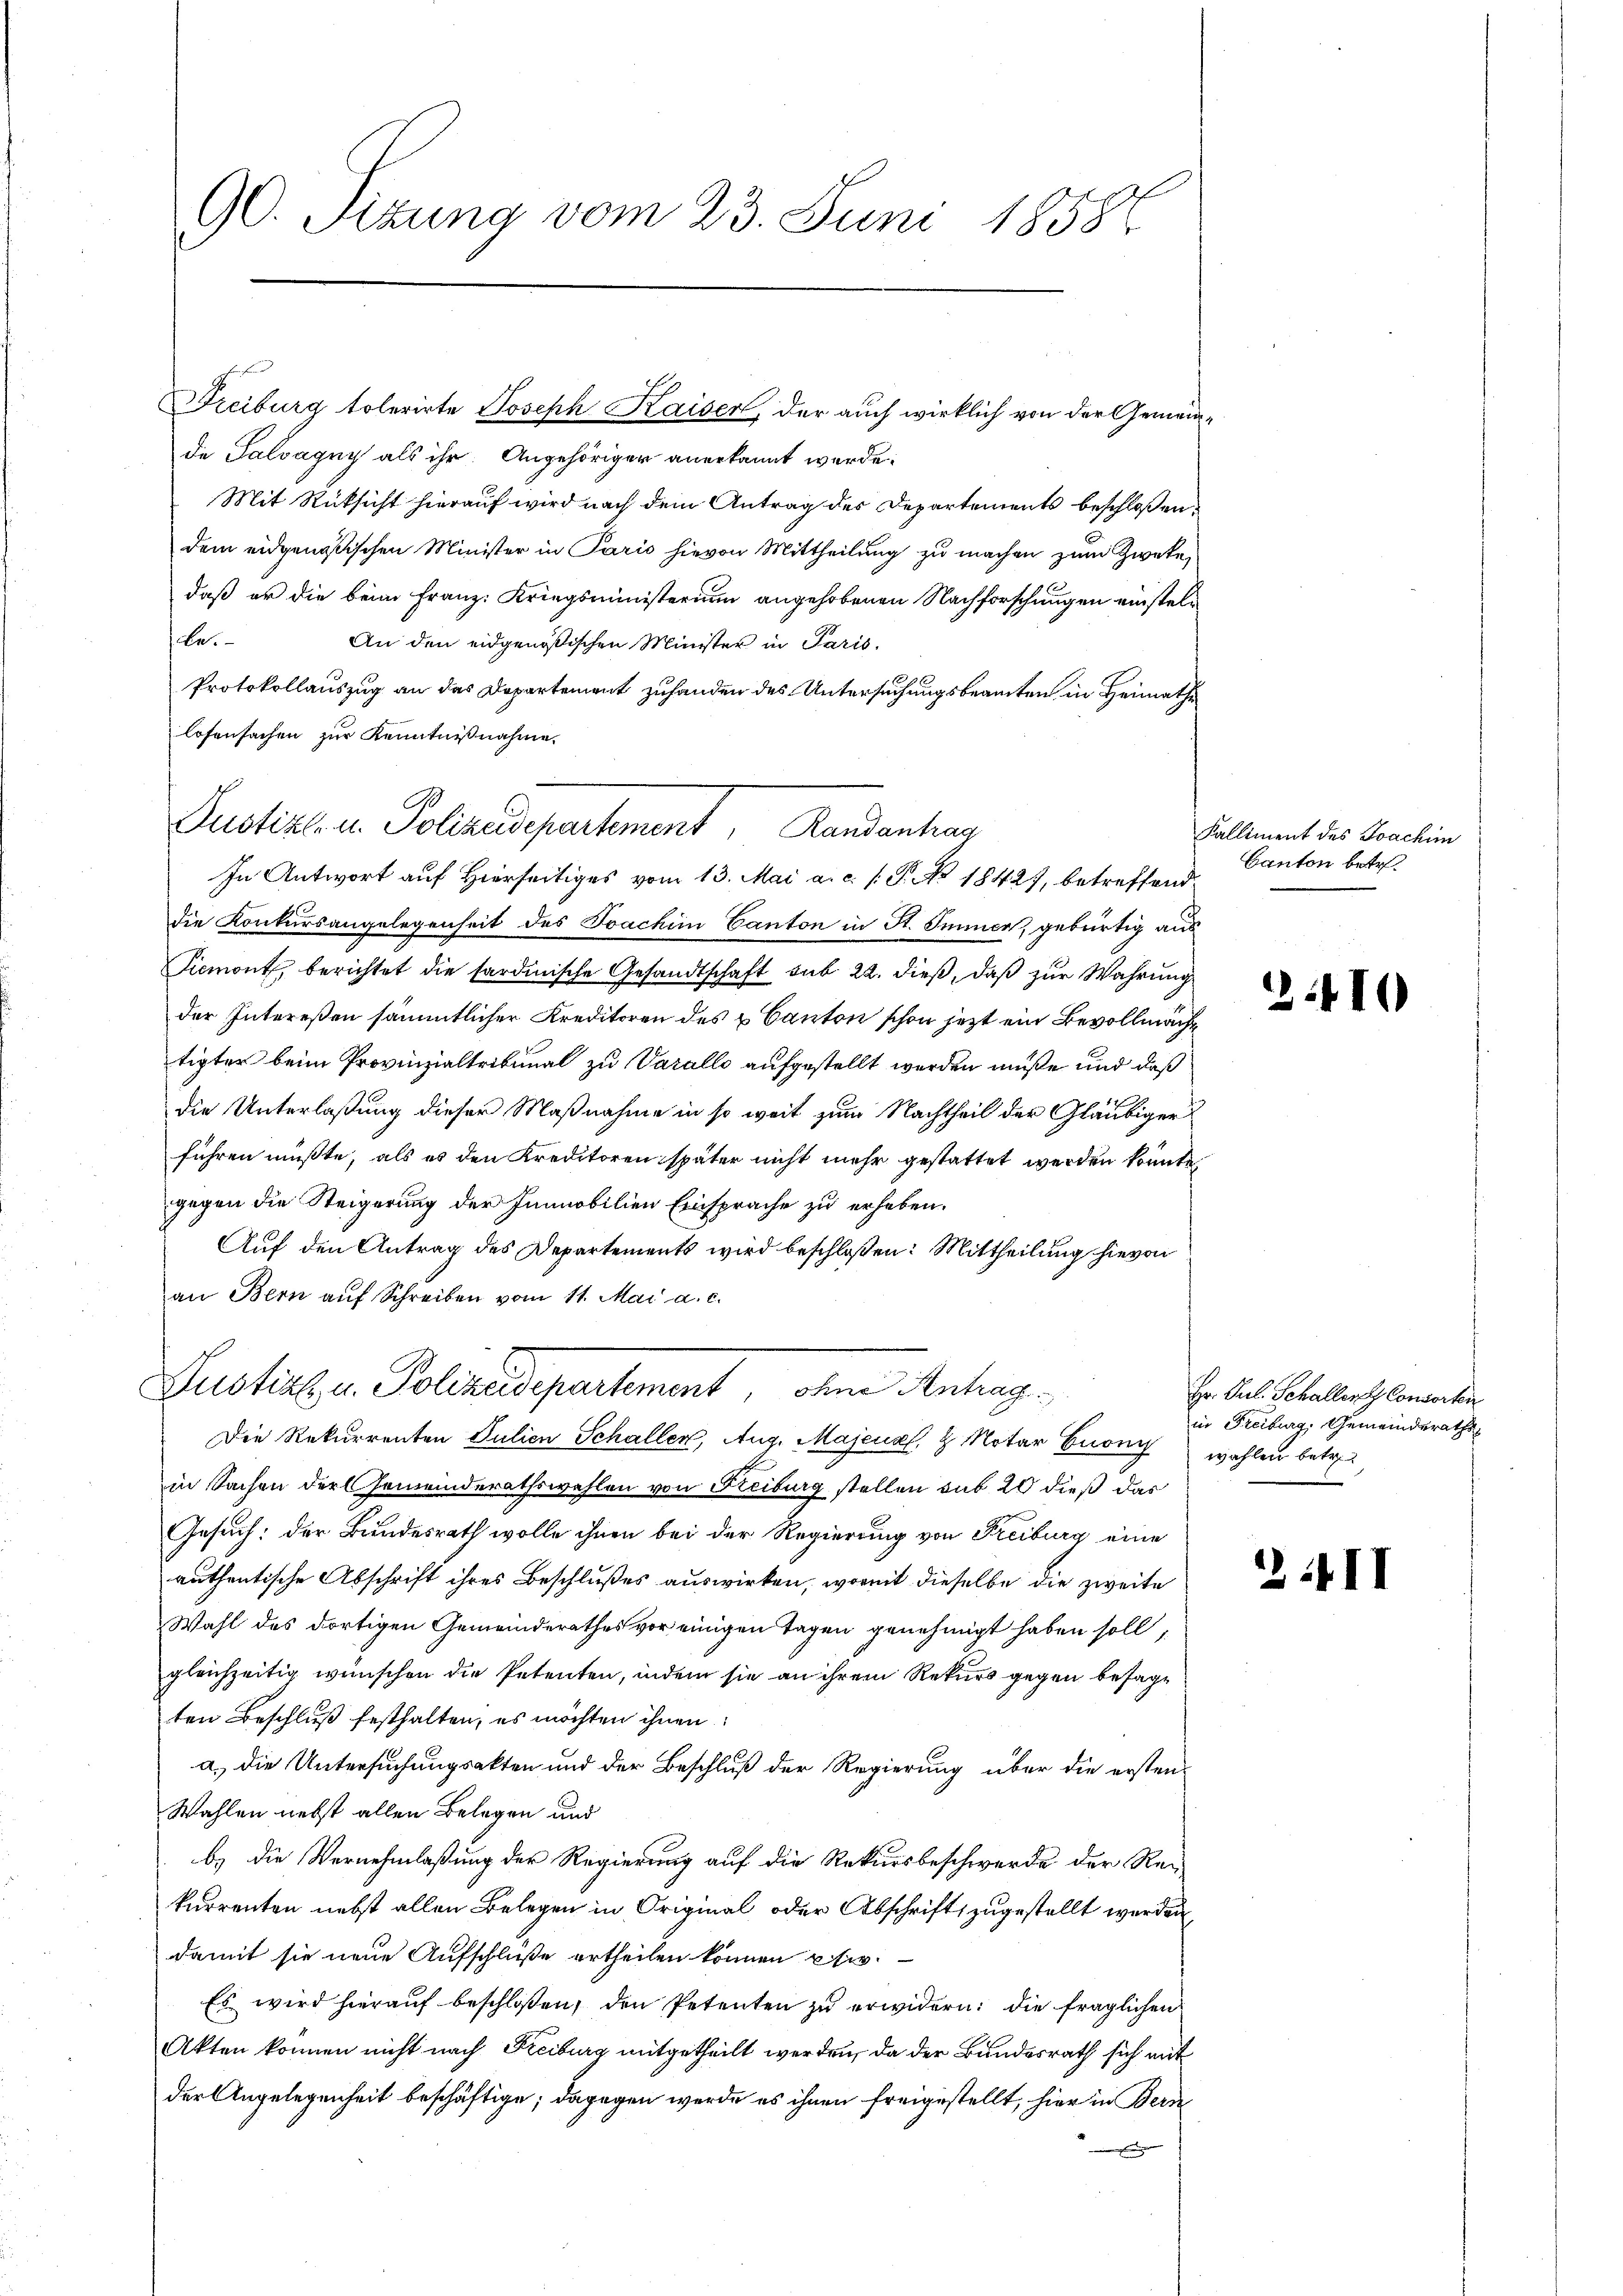
de Salvagny als ihr. Angehöriger anerkannt werde
Mit Rücksicht hierauf wird nach dem Antrag der Departements beschloßen:
dem eidgenößischen Minister in Paris hievon Mittheilung zu machen zum Zweke,
daß er die beim Franz Kriegsministerium angehobenen Nachforschungen einstelbe.
An den eidgenößischen Minister in Paris.
Protokollauszug an das Departement zuhanden des Untersuchungsbeamten in Heimathe
losensachen zur Kenntnißnahme.
die Konkursangelegenheit des Joachini Canton in St. Immen, gebürtig aus
Piemont, berichtet die sardinische Gesandtschaft sub 22. dieß, daß zur Wahrung
der Intereßen sämmtlicher Kreditoren des u Canton schon jetzt ein Bevollmächt
tigter beim Provinzialtribunal zu Varallo aufgestellt werden müße und daß
die Unterlaßung dieser Maßnahme in so weit zum Nachtheil der Gläubiger
führen müßte, als es den Kreditoren später nicht mehr gestattet werden könnte.
gegen die Steigerung der Junnobilien Einsprache zu erheben.
Auf den Antrag des Departements wird beschloßen: Mittheilung hievon
an Bern aŭf Schreiben vom 11. Mai a. c.

90. Sizung vom 23. Juni 1858

Freiburg tolerirte Joseph Kaiser, der auch wirklich von der Gemein¬

Justiz u. Polizeisepartement, Landantrag
In Antwort auf Hierseitiges vom 13. Mai a. c. /: P. Nr. 18427, betreffend

Justirt u. Polizeidepartement, ohne Antrag

Die Rekurrenten Julien Schallen, Aug. Majenal, 8 Notar Euony wahlen betr
in Sachen der Gemeinderathswahlen von Freiburg stellen sub 20 dieß das
Gesuch: der Bundesrath wolle ihnen bei der Regierung von Freiburg eine
authentische Abschrift ihres Beschlußes auswirken, wormit dieselbe die zweite
Wahl des dortigen Gemeinderathes vor einigen Tagen genehmigt haben soll,
gleichzeitig wünschen die Petenten, indem sie an ihrem Rekurs gegen besagt
ten Beschluß festhalten, es möchten ihnen:
a.) Die Untersuchungsakten und der Beschluß der Regierung über die ersten
Wahlen nebst allen Belegen und
b.) Die Vernehmlaßung der Regierung auf die Rekursbeschwerde der Rekurrenten nebst allen Belegen in Original oder Abschrift zugestellt werden
damit sie neue Aufschluße ertheilen können sie
Es wird hierauf beschloßen, den Petenten zu erwidern: die fraglichen
Akten können nicht nach Freiburg mitgetheilt werden, da der Bundesrath sich mit
der Angelegenheit beschäftige; dagegen werde es ihnen freigestellt, hier in Beri

Kalliment des Joachim
Canton betr.

2:110

Hr. Jul. Schaller Consorten
in Freiburg, Gemeinderaths

24 II